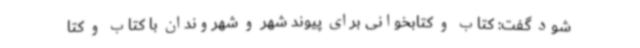
شود گفت: کتاب و کتابخوانی برای پیوند شهر و شهروندان با کتاب و کتا